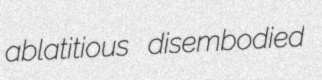
ablatitious disembodied